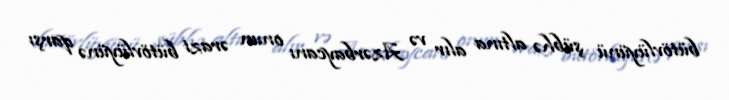
bütövlüyünü şübhə altına alır və Azərbaycanı onun ərazi bütövlüyünə qarşı